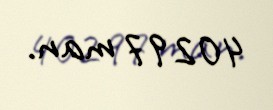
40297 man.